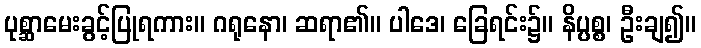
ပုစ္ဆာမေးခွင့်ပြုရကား။ ဂရုနော၊ ဆရာ၏။ ပါဒေ၊ ခြေရင်း၌။ နိပ္ပစ္စ၊ ဦးချ၍။